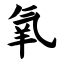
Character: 氧